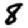
Digit: 8